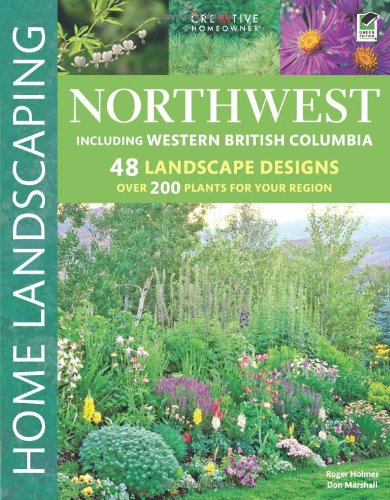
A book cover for Northwest Home Landscaping, 3rd edition; Roger Holmes Mr.; Crafts, Hobbies & Home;